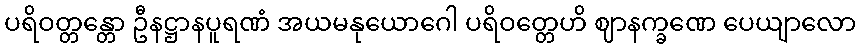
ပရိဝတ္တန္တော ဦနဋ္ဌာနပူရဏံ အယမနုယောဂေါ ပရိဝတ္တေဟိ ဈာနက္ခဏေ ပေယျာလော